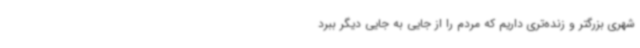
شهری بزرگتر و زنده‌تری داریم که مردم را از جایی به جایی دیگر ببرد